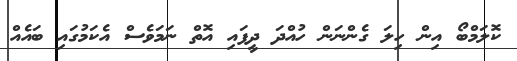
ކޮލަމްބޯ އިން ހިލަ ގެންނަން ހުއްދަ ދީފައި އޮތް ނަމަވެސް އެކަމުގައި ބައެއް